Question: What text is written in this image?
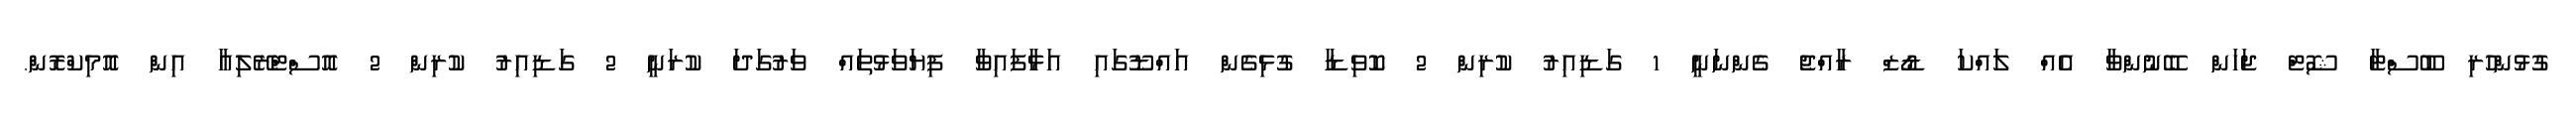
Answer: ގުޅުންހުރި ބޫސްޓާ ޝޮޓް ޖަހަން ބޭނުންވާ އެއް ލައްކަ ޑޯޒް ރާއްޖެ ގެންނަނީ 1 ގަޑިއިރު ކުރިން 2 ކޮވިޑާ ގުޅިގެން އައްޑޫގައި އަޅާފައިވާ ފިޔަވަޅުތައް ވަރުގަދަ ކުރަނީ 2 ގަޑިއިރު ކުރިން 2 އޮސްޓްރޭލިއާ އިން އޮމިކްރޮން.